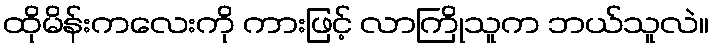
ထိုမိန်းကလေးကို ကားဖြင့် လာကြိုသူက ဘယ်သူလဲ။